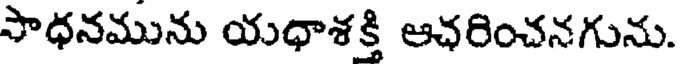
పాధనమును యధాశక్తి ఆఛరించనగును.